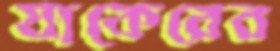
যাকেরের